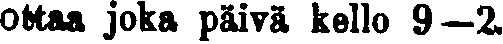
ottaa joka päivä kello 9—2.